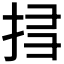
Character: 𢬞